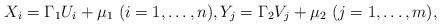
LaTeX: \begin{align*} X_{i}=\Gamma_1 U_{i}+\mu_{1}\ (i=1,\ldots,n), Y_{j}=\Gamma_2 V_{j}+\mu_{2}\ (j=1,\ldots,m),\end{align*}